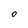
Character: 0